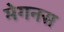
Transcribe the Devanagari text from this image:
मेगनस